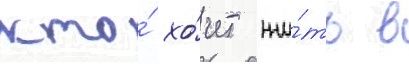
кто́ хо́чет жи́ть в